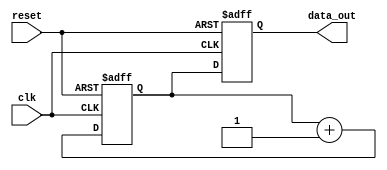
module repeat_loop (
    input wire clk,             // Clock signal
    input wire reset,           // Reset signal to start the process
    output reg [7:0] data_out   // Example output
);

    // Initialization variable
    reg [7:0] data;             // Internal data variable

    // Process that behaves like an infinite loop
    always @(posedge clk or posedge reset) begin
        if (reset) begin
            // Perform initialization
            data <= 8'h00;      // Initialize data
            data_out <= 8'h00;  // Initialize output
        end
        else begin
            // Execute repetitively
            // Example operation: Increment data and output it
            data <= data + 1;    // Increment data
            data_out <= data;    // Update output with new data

            // Additional tasks can be added here to simulate other behavior
            //  - Data processing
            //  - State updates
            //  - Signal generation
            //  - Communication tasks
        end
    end

endmodule